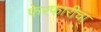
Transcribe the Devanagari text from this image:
फेरफारीचा